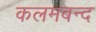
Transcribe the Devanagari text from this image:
कलमबन्द